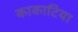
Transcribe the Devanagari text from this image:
काकाटिया